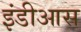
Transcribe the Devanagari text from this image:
इंडीआस